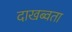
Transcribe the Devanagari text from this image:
दाखब्वता